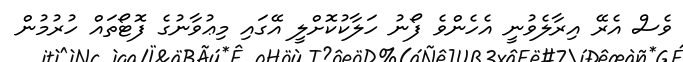
ވެސް އެރޭ އިރާލެވުނީ އެހެންވެ ފޯނު ހަލާކުކޮށްލީ އޭގައި މިޢުވާނުގެ ފޮޓޯތައް ހުރުމުން